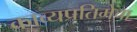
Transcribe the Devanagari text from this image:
काव्यप्रतिमेचा